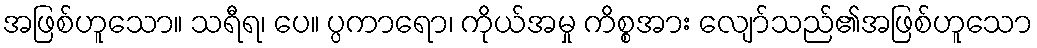
အဖြစ်ဟူသော။ သရီရ၊ ပေ။ ပ္ပကာရော၊ ကိုယ်အမှု ကိစ္စအား လျော်သည်၏အဖြစ်ဟူသော